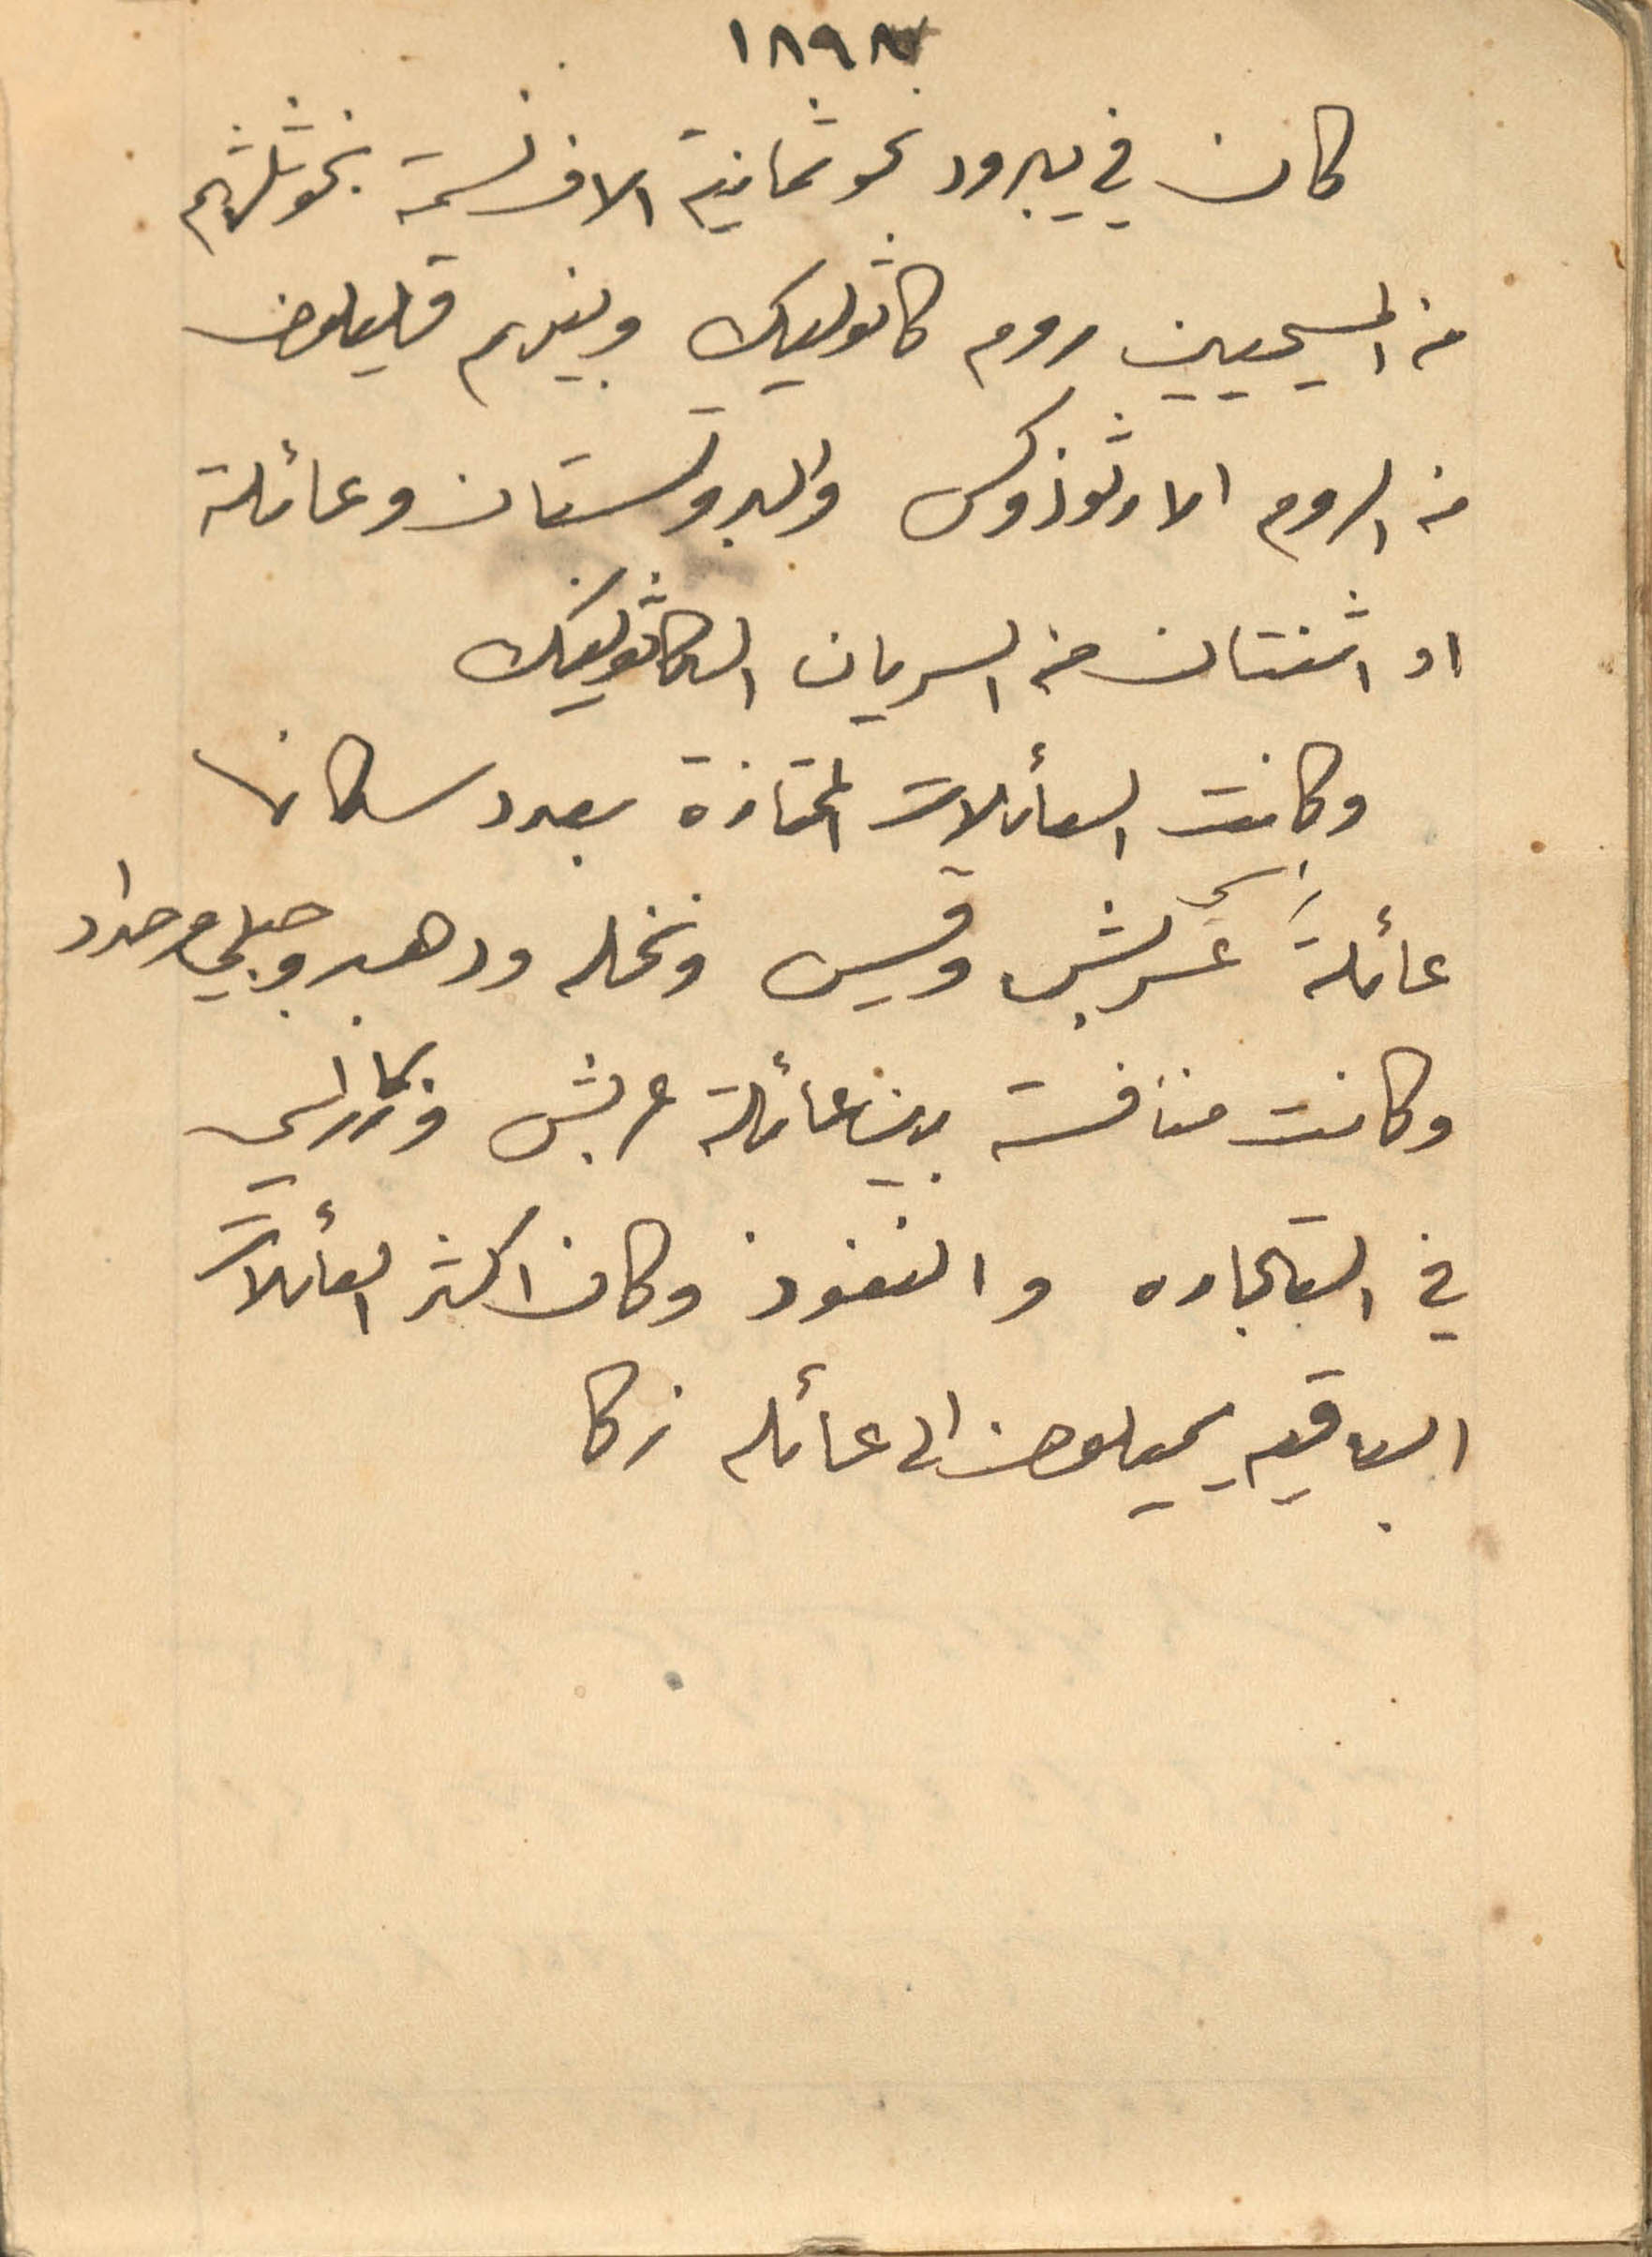
1897
كان في يبرود نحو ثمانية الاف نسمة بنحو ثلثهم
من المسيحيين روم كاثوليك وبينهم قليلون
من الروم الارثوذوكس والبروتستان وعائلة
او اثنتان من السريان الكاثوليك
وكانت العائلات الممتازة بعدد سكانها
عائلة عرشب وقيس ونخله ودهبه وحلبي وحداد
في التجاره والنفوذ وكان اكثر العائلات
الباقيه يميلون الى عائله زكا
وكانت منافسة بين عائلة عرشب وزكا راسي